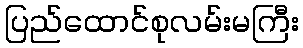
ပြည်ထောင်စုလမ်းမကြီး